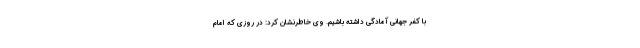
با کفر جهانی آمادگی داشته باشیم. وی خاطرنشان کرد: در روزی که امام